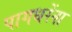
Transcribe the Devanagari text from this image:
पागधरेंना